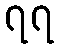
၇၇